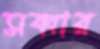
সব্বার